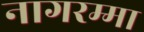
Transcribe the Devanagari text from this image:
नागरम्मा